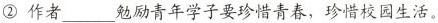
② 作者 ___ 勉励青年学子要珍惜青春，珍惜校园生活。